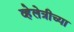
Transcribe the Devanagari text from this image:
व्हेलेत्रीच्या